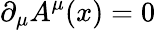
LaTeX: \partial_{\mu}A^{\mu}(x)=0